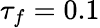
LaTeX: \tau_{f}=0.1